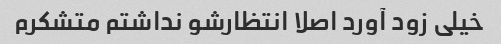
خیلی زود آورد اصلا انتظارشو نداشتم متشکرم